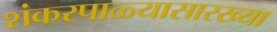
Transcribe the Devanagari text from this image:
शंकरपाळ्यासारख्या